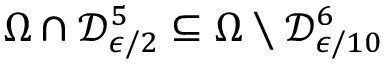
\Omega \cap \mathcal { D } _ { \epsilon / 2 } ^ { 5 } \subseteq \Omega \setminus \mathcal { D } _ { \epsilon / 1 0 } ^ { 6 }